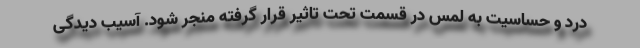
درد و حساسیت به لمس در قسمت تحت تاثیر قرار گرفته منجر شود. آسیب دیدگی